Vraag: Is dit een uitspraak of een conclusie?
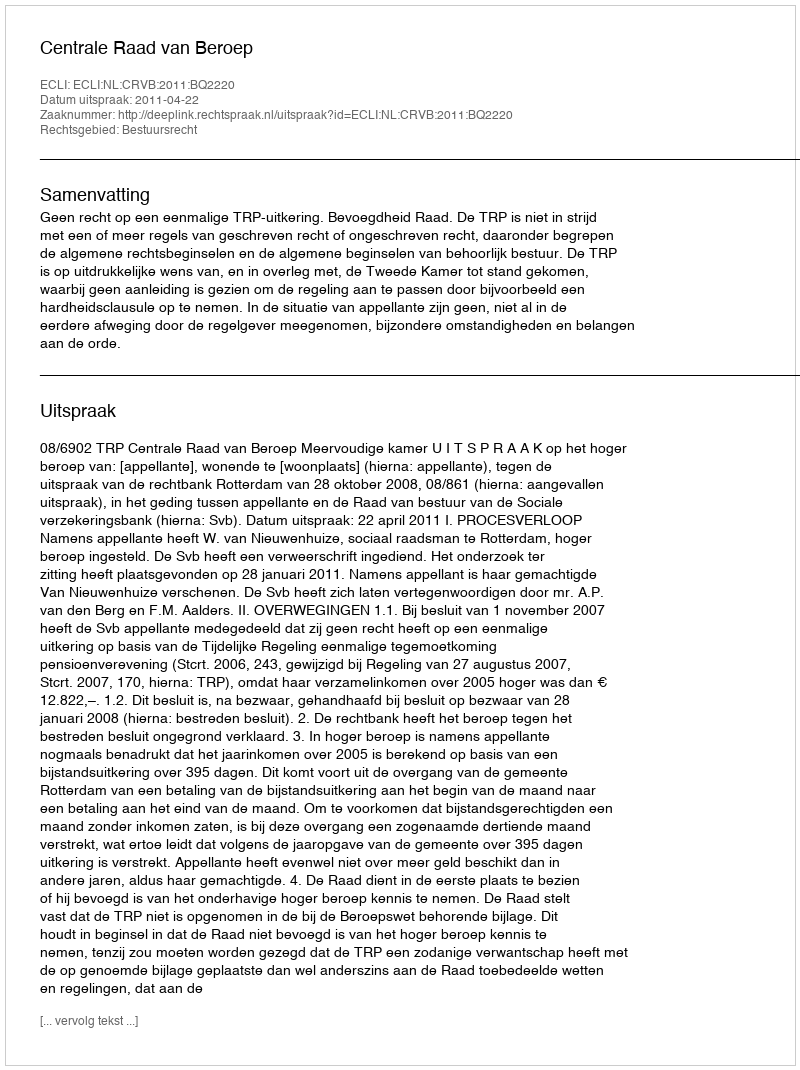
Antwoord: Uitspraak